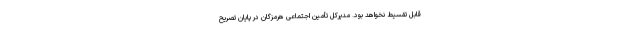
قابل تقسیط نخواهد بود. مدیرکل تأمین اجتماعی هرمزگان در پایان تصریح